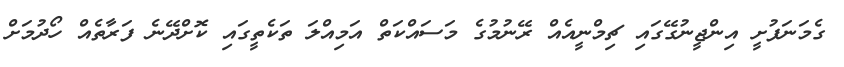
ގެމަނަފުށީ އިންޖީނުގޭގައި ޗިމްނީއެއް ރޭނުމުގެ މަސައްކަތް އަމިއްލަ ތަކެތީގައި ކޮށްދޭނެ ފަރާތެއް ހޯދުމަށް